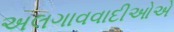
અલગાવવાદીઓએ